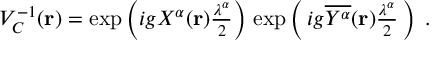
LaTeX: V _ { \cal { C } } ^ { - 1 } ( { \bf { r } } ) = \exp \left( i g { \cal X } ^ { \alpha } ( { \bf { r } } ) { \textstyle \frac { \lambda ^ { \alpha } } { 2 } } \right) \, \exp \left( \, i g { \overline { { { { \cal { Y } } ^ { \alpha } } } } } ( { \bf { r } } ) { \textstyle \frac { \lambda ^ { \alpha } } { 2 } } \, \right) \; .